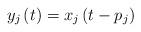
LaTeX: \begin{align*}y_{j}\left(t\right)=x_{j}\left(t-p_{j}\right)\end{align*}